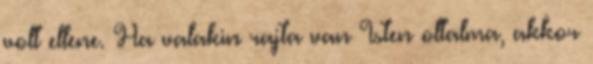
volt ellene. Ha valakin rajta van Isten oltalma, akkor